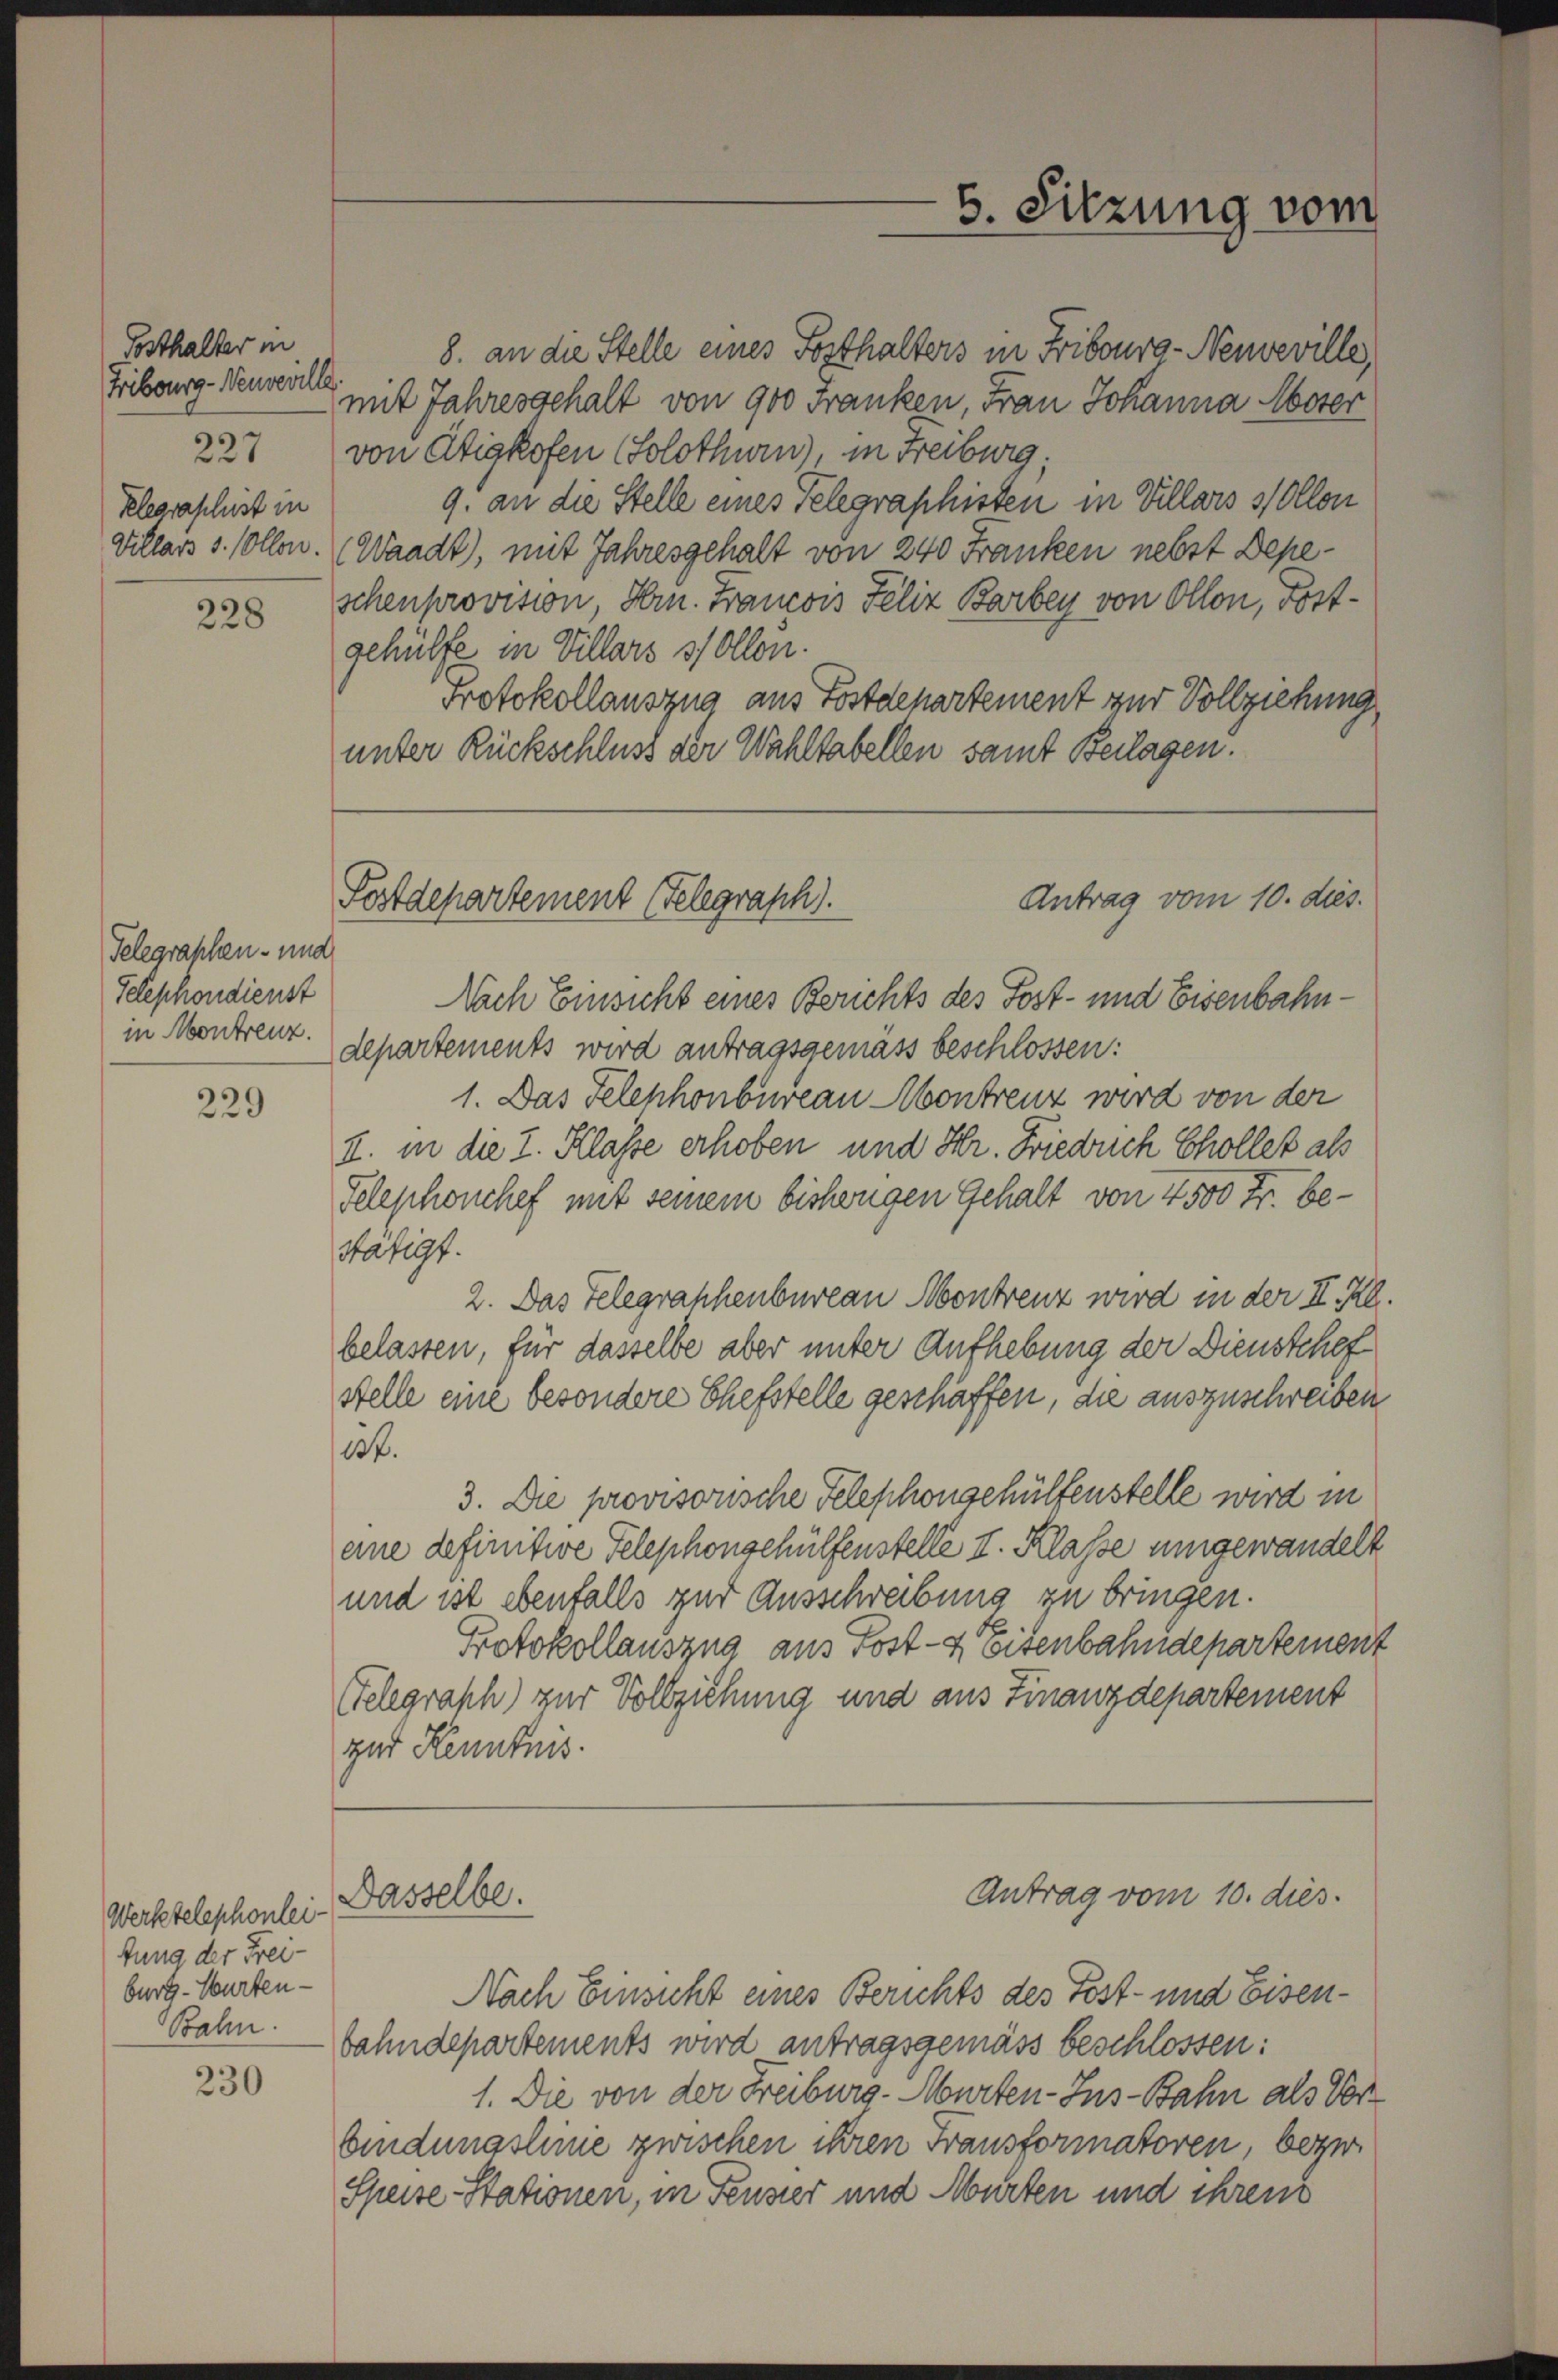
Posthalter in
Fribourg-Veuveville
227
Klegraschist in

228

Telegraphen- und
Telephondienst
in Montreuz.

229

Werkstelephonleitung der Frei-
burg - Würten-
Bahn.

230

6. Sitzung vom

8. an die Stelle eines Festhalters in Fribourg-Neuveville,
mit Jahresgehalt von 900 Franken, Frau Johanna Moser
von Ätigkofen Solothurn), in Freiburg;
9. an die Stelle eines Telegraphisten in Villars sollon
Villars s. Collen. (Waadt, mit Jahresgehalt von 240 Franken nebst Depeschenprovision, Hrn. Francois Felix Barbey von Ollon, Fortgehülfe in Villars sollen.
Protokollauszug aus Postdepartement zur Vollziehung
unter Rückschluss der Wahltabellen samt Beilagen.

Antrag vom 10. dies
Postdepartement (Telegraph).

Nach Einsicht eines Berichts des Post- und Eisenbahndepartements wird antragsgemäss beschlossen:
1. Das Telephonbureau contreuz wird von der
I. in die I. Klasse erhoben und Hr. Frieduch Chollet als
Telephonchef mit seinem bisherigen Gehalt von 4500 Fr. be¬
Hangt.
2. Das Telegraphenbureau Montrenz wird in der II. Rl.
belasten, für dasselbe aber unter Aufhebung der Dienstchef
stelle eine besondere Chefstelle geschaffen, die auszuschreiben
15f.
3. Die provisorische Telephongehülfenstelle wird in
eine definitive Telephongehülfenstelle II. Klasse umgewandelt
und ist ebenfalls zur Ausschreibung zu bringen.
Protokollauszug aus Post- & Eisenbahndepartement
Gelegraph) zur Vollziehung und aus Finanzdepartement
zur Kenntnis.

Dasselbe.

Antrag vom 10. dies

Nach Einsicht eines Berichts des Post- und Eisenbahndepartements wird antragsgemäss beschlossen:
1. Die von der Freiburg - Murten-Ins-Bahn als Vorbindungslinie zwischen ihren Fransformatoren, bezw
Speise-Stationen, in Fenster und Murten und ihren